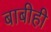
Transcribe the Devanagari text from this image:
बाबीही